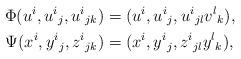
LaTeX: \begin{align*}\Phi(u^i,u^i{}_j,u^i{}_{jk})&=(u^i,u^i{}_j,u^i{}_{jl}v^l{}_k),\\*\Psi(x^i,y^i{}_j,z^i{}_{jk})&=(x^i,y^i{}_j,z^i{}_{jl}y^l{}_k),\end{align*}